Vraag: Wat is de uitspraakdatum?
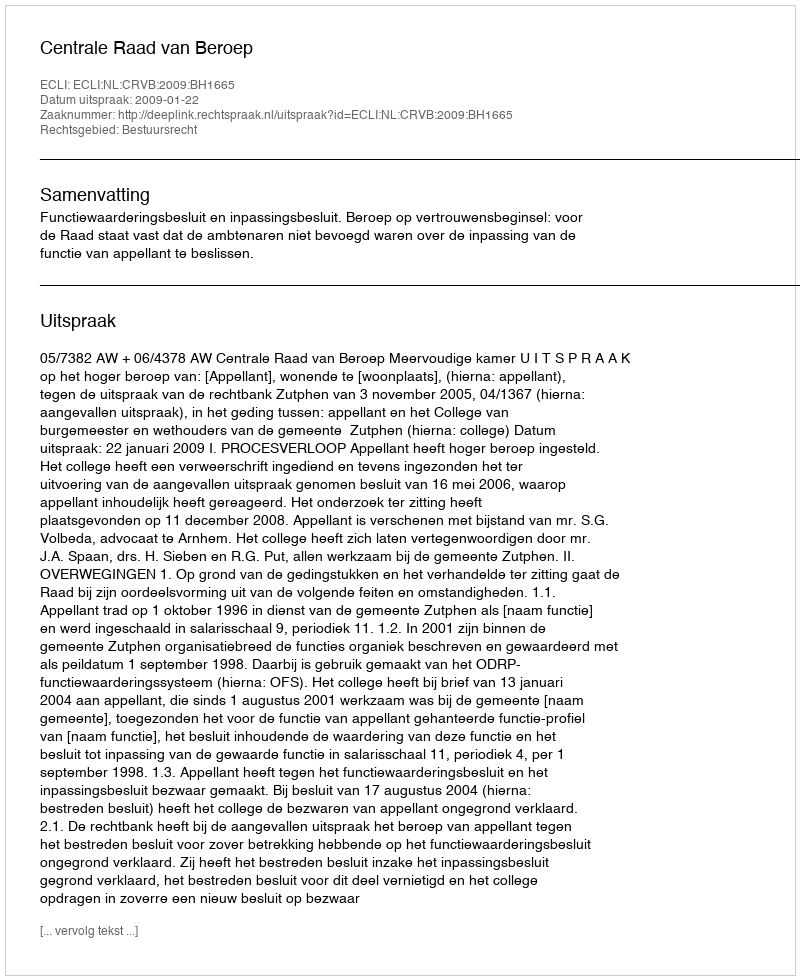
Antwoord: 2009-01-22